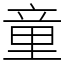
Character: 童